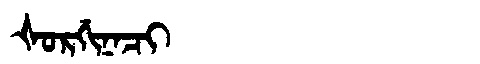
Manchu: ᡧᠣᡵᡤᡳᠨᠠᠴᡳ
Romanization: ŠORGINACI